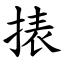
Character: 㧼